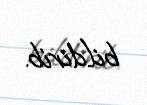
bildirib.